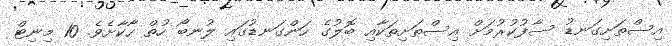
އިސްތަށިގަނޑު ސާފުކުރުމަށް އިސްތަށިތަކާއި ބޮލުގެ ހަންގަނޑުގައި ލުނބޯ ހުތް ހާކާށެވެ. 10 މިނިޓް